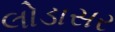
લોડાસર